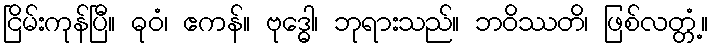
ငြိမ်းကုန်ပြီ။ ဓုဝံ၊ ဧကန်။ ဗုဒ္ဓေါ၊ ဘုရားသည်။ ဘဝိဿတိ၊ ဖြစ်လတ္တံ့။